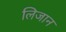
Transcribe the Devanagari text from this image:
लिजान